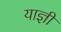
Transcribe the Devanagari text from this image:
याज्ञी